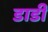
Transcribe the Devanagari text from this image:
डाडी